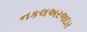
નકલઅરજદાર